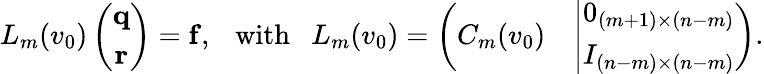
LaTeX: L_{m}(v_{0})\left(\begin{array}{c}{\mathbf{q}}\\ {\mathbf{r}}\end{array}\right)=\mathbf{f},\mathrm{~\ \ with~\ \ }L_{m}(v_{0})=\left(\begin{array}{cc}{C_{m}(v_{0})}&{\left|\begin{array}{c}{0_{(m+1)\times(n-m)}}\\ {I_{(n-m)\times(n-m)}}\end{array}\right.}\end{array}\right).